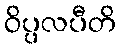
ဝိပ္ပလပီတိ